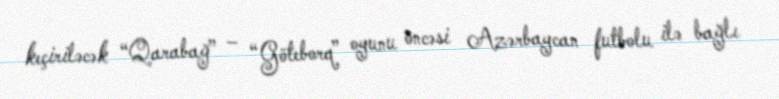
keçiriləcək “Qarabağ” – “Göteborq” oyunu öncəsi Azərbaycan futbolu ilə bağlı